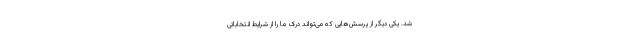
شد. یکی دیگر از پرسش‌هایی که می‌تواند درک ما را از شرایط انتخاباتی